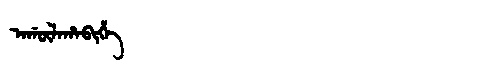
Manchu: ᠠᡤᡡᠯᠠᡥᠠᠪᡳᡥᡝ
Romanization: AGŪLAHABIHE